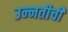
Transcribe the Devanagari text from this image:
उन्‍नतीची